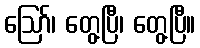
ဪ၊ တွေ့ပြီ၊ တွေ့ပြီ။